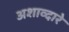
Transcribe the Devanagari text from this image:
अशाव्दारे